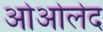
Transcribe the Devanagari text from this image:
ओओलेद